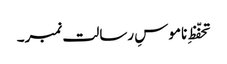
تحفّظِ ناموسِ رسالت نمبر۔